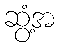
ဆွံ့အ